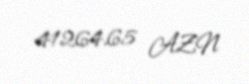
41264,65 AZN